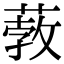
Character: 𦸦